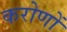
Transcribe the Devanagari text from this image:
करोणों